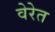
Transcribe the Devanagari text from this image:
वेरेत